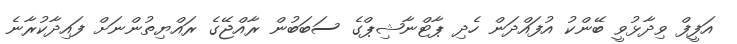
އަފީފް ވިދާޅުވީ ބޭންކު އުފައްދަން ހެދި ޕާޓްނާޝިޕްގެ ސަބަބުން ރާއްޖޭގެ ރައްޔިތުންނަށް ފައިދާކުރާނެ